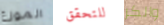
الموزع للتحقق والكر